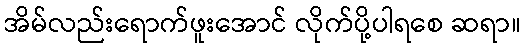
အိမ်လည်းရောက်ဖူးအောင် လိုက်ပို့ပါရစေ ဆရာ။